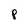
Character: p